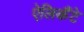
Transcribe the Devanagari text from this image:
ऐलिकैंटे